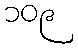
၁၀၉